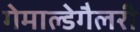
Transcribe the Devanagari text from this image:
गेमाल्डेगैलरी